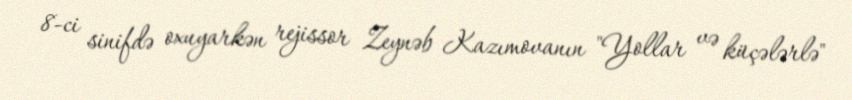
8-ci sinifdə oxuyarkən rejissor Zeynəb Kazımovanın "Yollar və küçələrlə"